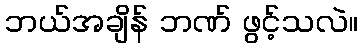
ဘယ်အချိန် ဘဏ် ဖွင့်သလဲ။